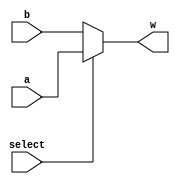
module  Mux2 #(parameter n = 1)(
  input  [n-1:0] a,  b,
  input  select,
  output [n-1:0] w
);

  assign w = select ? a : b;

endmodule